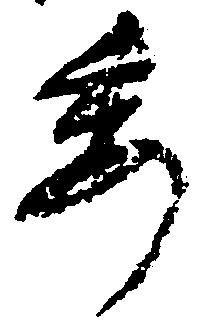
委